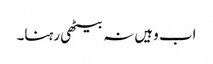
اب وہیں نہ بیٹھی رہنا۔